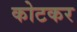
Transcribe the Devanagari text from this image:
कोटकर